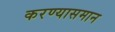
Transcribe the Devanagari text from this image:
करण्यासमान